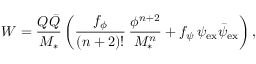
W = \frac { Q \bar { Q } } { M _ { * } } \left( \frac { f _ { \phi } } { ( n + 2 ) ! } \, \frac { \phi ^ { n + 2 } } { M _ { * } ^ { n } } + f _ { \psi } \, \psi _ { \mathrm { e x } } \bar { \psi } _ { \mathrm { e x } } \right) ,